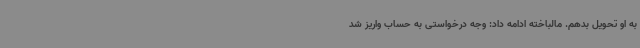
به او تحویل بدهم. مالباخته ادامه داد: وجه درخواستی به حساب واریز شد